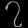
Digit: ၇